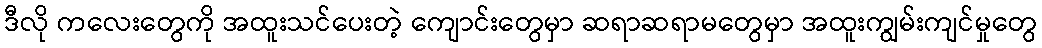
ဒီလို ကလေးတွေကို အထူးသင်ပေးတဲ့ ကျောင်းတွေမှာ ဆရာဆရာမတွေမှာ အထူးကျွမ်းကျင်မှုတွေ